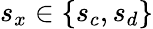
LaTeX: s_{x}\in\{ s_{c},s_{d}\}